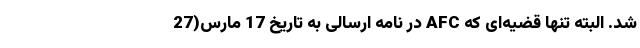
شد. البته تنها قضیه‌ای که AFC در نامه ارسالی به تاریخ 17 مارس(27